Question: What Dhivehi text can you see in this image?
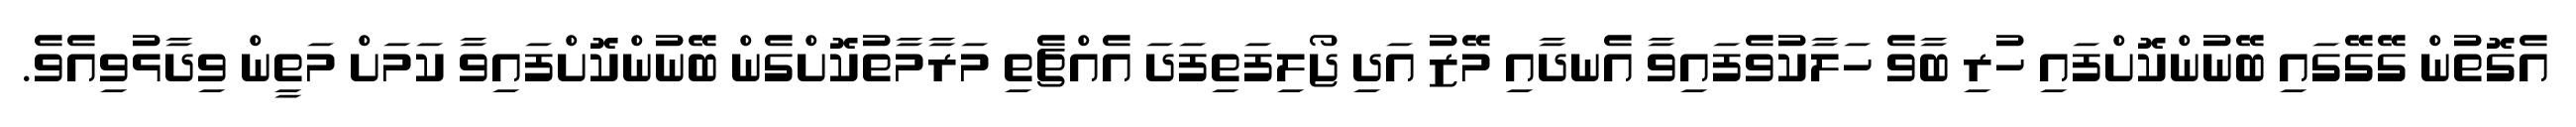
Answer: އެގޮތުން ގޭގޭގައި ބޭނުންކޮށްފައި ހުރި ބާވެ ހަލާކުވެފައިވާ އެނދާއި މޭޒު އަދި ޖޯލިފަތިފަދަ އެއްޗެތި މަރާމާތުކޮށްގެން ބޭނުންކޮށްފައިވާ ކަމަށް މަތީން ވިދާޅުވިއެވެ.